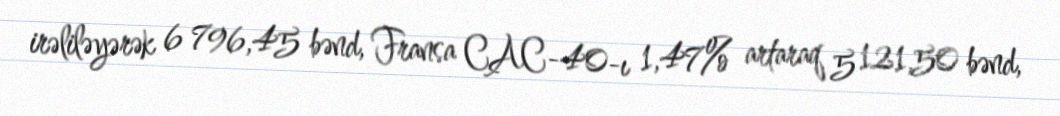
irəliləyərək 6 796,45 bənd, Fransa CAC-40-ı 1,47% artaraq 5 121,50 bənd,